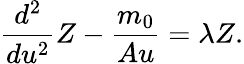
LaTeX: \frac{d^{2}}{du^{2}}Z-\frac{m_{0}}{Au}=\lambda Z.